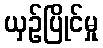
ယှဉ်ပြိုင်မှု